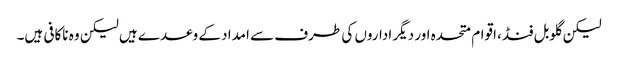
لیکن گلوبل فنڈ، اقوام متحدہ اور دیگر اداروں کی طرف سے امداد کے وعدے ہیں لیکن وہ ناکافی ہیں۔